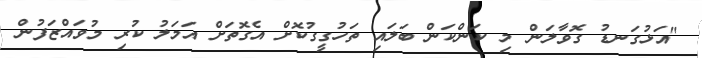
"އަޅުގަނޑު ގޮވާލަން މި ކަންކަން ބަލައި ތަހުގީގުކޮށް އެގޮތަށް އަމަލު ކުރި މުވައްޒަފުން